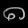
Digit: ၈